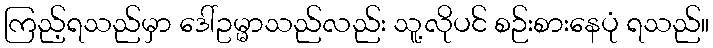
ကြည့်ရသည်မှာ ဒေါ်ဥမ္မာသည်လည်း သူ့လိုပင် စဉ်းစားနေပုံ ရသည်။